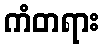
ကံတရား